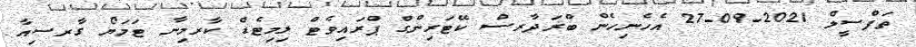
ތަފްސީލް 2021-09-27 އެހެނިހެން ބްރަދާރސް ކޭޓަރިންގް ޕްރައިވެޓް ލިމިޓެޑް ކާރމިނާ ޓަމަޔޯ ގާރސިއާ